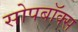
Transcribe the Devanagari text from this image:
सोपबॉक्स